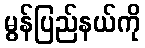
မွန်ပြည်နယ်ကို